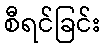
စီရင်ခြင်း